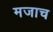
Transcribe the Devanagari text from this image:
मजाच